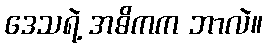
ဒေသရဲ့ အဓိကက ဘာလဲ။